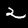
Digit: 2